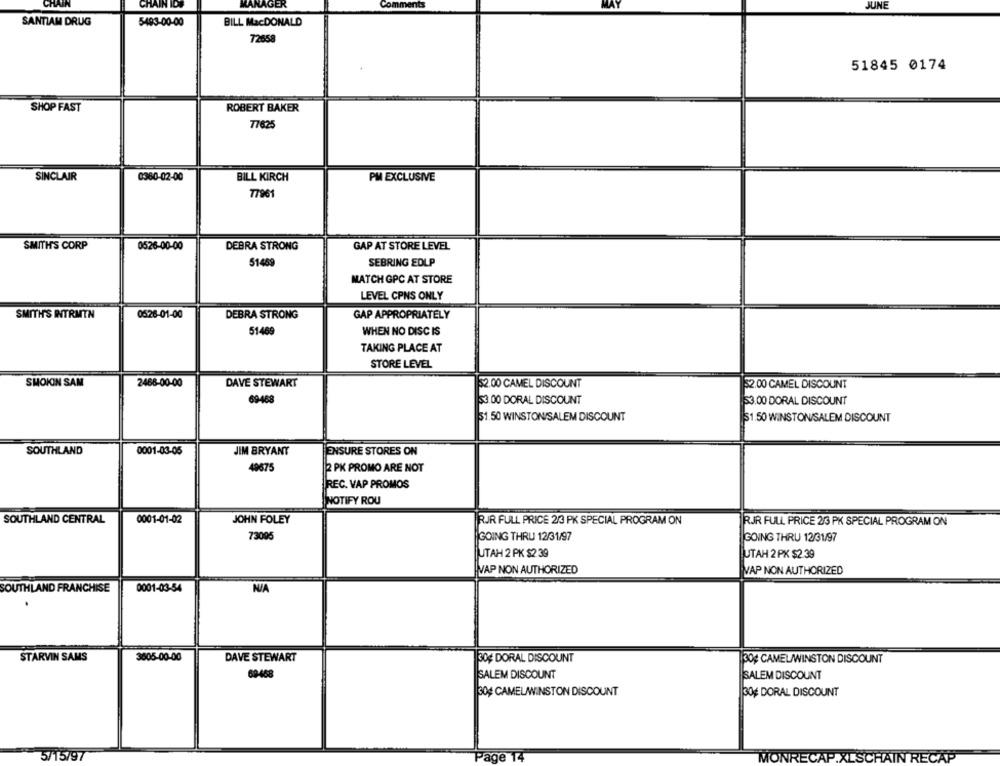
CHAIN
CHAIN ID
MANAGER
JUNE
SANTIAM DRUG
5493-00-00
BILL MacDONALD
72658
51845 0174
SHOP FAST
ROBERT BAKER
77625
SINCLAIR
BILL KIRCH
PM EXCLUSIVE
0380-02-00
77961
SMITH'S CORP
0526-00-00
DEBRA STRONG
GAP AT STORE LEVEL
51459
SEBRING EDLP
MATCH GPC AT STORE
LEVEL CPNS ONLY
SMITH'S INTRMTN
0526-01-00
DEBRA STRONG
GAP APPROPRIATELY
51469
WHEN NO DISC IS
TAKING PLACE AT
STORE LEVEL
SMOKIN SAM
2488-00-00
DAVE STEWART
32.00 CAMEL DISCOUNT
52.00 CAMEL DISCOUNT
69468
53.00 DORAL DISCOUNT
$3.00 DORAL DISCOUNT
51.50 WINSTON/SALEM DISCOUNT
$1.50 WINSTON/SALEM DISCOUNT
SOUTHLAND
0001-03-05
JIM BRYANT
ENSURE STORES ON
2 PK PROMO ARE NOT
19675
REC. VAP PROMOS
NOTIFY ROU
SOUTHLAND CENTRAL
0001-01-02
JOHN FOLEY
RJR FULL PRICE 2/3 PK SPECIAL PROGRAM ON
RJJR FULL PRICE 2/3 PK SPECIAL PROGRAM ON
73005
GOING THRU 12/31/97
GOING THRU 12/31/97
UTAH 2 PK $2 .39
UTAH 2 PK $2.39
VAP NON AUTHORIZED
VAP NON AUTHORIZED
SOUTHLAND FRANCHISE
0001-03-54
STARVIN SAMS
3805-00-00
DAVE STEWART
30# DORAL DISCOUNT
30¢ CAMEL/WINSTON DISCOUNT
69468
SALEM DISCOUNT
SALEM DISCOUNT
30# CAMELWINSTON DISCOUNT
30# DORAL DISCOUNT
5/15/97
14
MONRECAP.XLSCHAIN RECAP